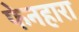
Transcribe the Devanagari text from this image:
फेनहारा